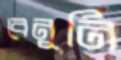
বেনুনি